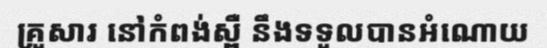
គ្រួសារ នៅកំពង់ស្ពឺ នឹងទទួលបានអំណោយ